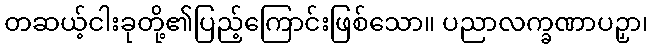
တဆယ့်ငါးခုတို့၏ပြည့်ကြောင်းဖြစ်သော။ ပညာလက္ခဏာပဉှာ၊